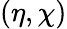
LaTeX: (\eta,\chi)